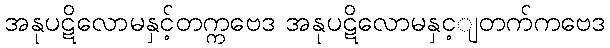
အနုပဋိလောမနှင့်တက္ကဗေဒ အနုပဋိလောမနှင့ျတက်ကဗေဒ